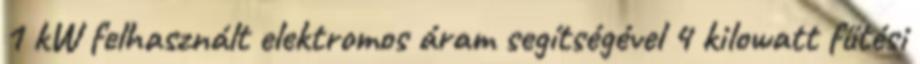
1 kW felhasznált elektromos áram segítségével 4 kilowatt fűtési